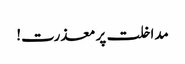
مداخلت پر معذرت!